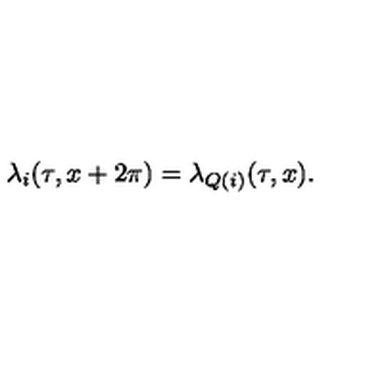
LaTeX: \lambda _ { i } ( \tau , x + 2 \pi ) = \lambda _ { Q ( i ) } ( \tau , x ) .